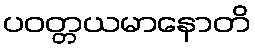
ပဝတ္တယမာနောတိ